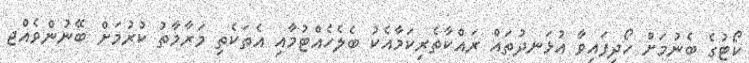
ކޯޓުގެ ބެނުމަށް ހޯދިފައިވާ އުޅަނދުތައް ރައްކާތެރިކަމާއެކު ބެލެހެއްޓުމާއި އެތަކެތި މަރާމާތު ކުރުމަށް ބޭނުންވެއްޖ